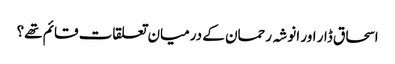
اسحاق ڈار اور انوشہ رحمان کے درمیان تعلقات قائم تھے؟